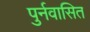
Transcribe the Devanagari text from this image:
पुर्नवासित